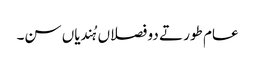
عام طور تے دو فصلاں ہُندیاں سن۔